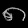
Digit: ၈